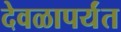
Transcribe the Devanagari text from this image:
देवळापर्यंत